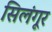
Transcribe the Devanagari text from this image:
सिलंगूर